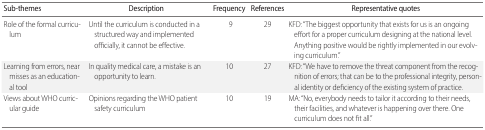
| Sub-themes | Description | Frequency | References | Representative quotes |
 | --- | --- | --- | --- | --- |
 | Role of the formal curriculum | Until the curriculum is conducted in a structured way and implemented officially, it cannot be effective. | 9 | 29 | KFD: “The biggest opportunity that exists for us is an ongoing effort for a proper curriculum designing at the national level. Anything positive would be rightly implemented in our evolving curriculum.” |
 | Learning from errors, near misses as an educational tool | In quality medical care, a mistake is an opportunity to learn. | 10 | 27 | KFD: “We have to remove the threat component from the recognition of errors; that can be to the professional integrity, personal identity or deficiency of the existing system of practice. |
 | Views about WHO curricular guide | Opinions regarding the WHO patient safety curriculum | 10 | 19 | MA: “No, everybody needs to tailor it according to their needs, their facilities, and whatever is happening over there. One curriculum does not fit all.” |